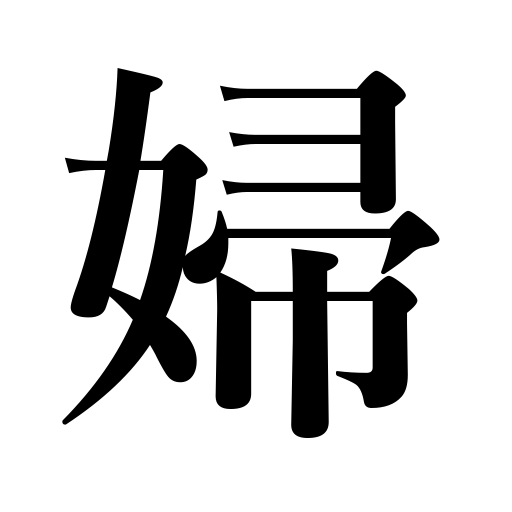
Meanings: wife,bride,woman